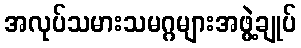
အလုပ်သမားသမဂ္ဂများအဖွဲ့ချုပ်